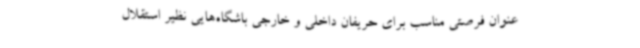
عنوان فرصتی مناسب برای حریفان داخلی و خارجی باشگاه‌هایی نظیر استقلال